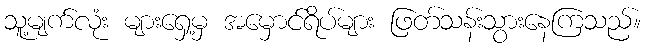
သူ့မျက်လုံး များရှေ့မှ အမှောင်ရိပ်များ ဖြတ်သန်းသွားနေကြသည်။